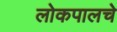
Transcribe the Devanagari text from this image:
लोकपालचे